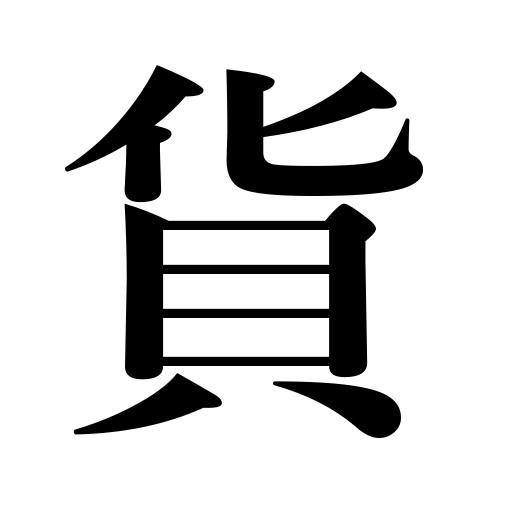
Meanings: freight,property,goods